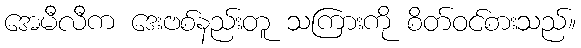
အေမီလီက ဒေးဗစ်နည်းတူ သကြားကို စိတ်ဝင်စားသည်။